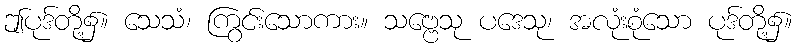
ဤပုဒ်တို့၌။ သေသံ၊ ကြွင်းသောကား။ သဗ္ဗေသု ပဒေသု၊ အလုံးစုံသော ပုဒ်တို့၌။